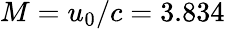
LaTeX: M=u_{0}/c=3.834